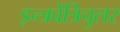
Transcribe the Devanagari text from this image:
इन्त्रवेंत्रिचुलर